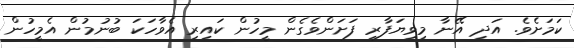
ކަމަށެވެ. އަދި އޭނާ މިވިޔަފާރި ފަށަންވެގެން މީހުން ކައިރި އެވާހަކަ ބުނުމުން އެމީހުން